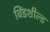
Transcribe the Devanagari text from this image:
विंडशील्‍ड